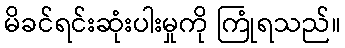
မိခင်ရင်းဆုံးပါးမှုကို ကြုံရသည်။